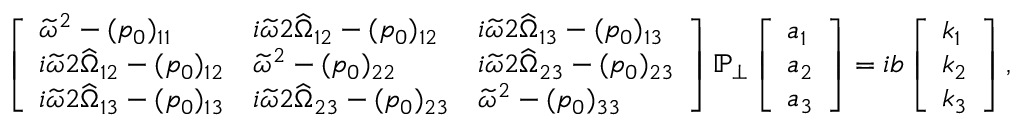
\begin{array} { r } { \left[ \begin{array} { l l l } { \widetilde { \omega } ^ { 2 } - ( p _ { 0 } ) _ { 1 1 } } & { i \widetilde { \omega } 2 \widehat { \Omega } _ { 1 2 } - ( p _ { 0 } ) _ { 1 2 } } & { i \widetilde { \omega } 2 \widehat { \Omega } _ { 1 3 } - ( p _ { 0 } ) _ { 1 3 } } \\ { i \widetilde { \omega } 2 \widehat { \Omega } _ { 1 2 } - ( p _ { 0 } ) _ { 1 2 } } & { \widetilde { \omega } ^ { 2 } - ( p _ { 0 } ) _ { 2 2 } } & { i \widetilde { \omega } 2 \widehat { \Omega } _ { 2 3 } - ( p _ { 0 } ) _ { 2 3 } } \\ { i \widetilde { \omega } 2 \widehat { \Omega } _ { 1 3 } - ( p _ { 0 } ) _ { 1 3 } } & { i \widetilde { \omega } 2 \widehat { \Omega } _ { 2 3 } - ( p _ { 0 } ) _ { 2 3 } } & { \widetilde { \omega } ^ { 2 } - ( p _ { 0 } ) _ { 3 3 } } \end{array} \right] \mathbb { P } _ { \perp } \left[ \begin{array} { l } { a _ { 1 } } \\ { a _ { 2 } } \\ { a _ { 3 } } \end{array} \right] = i b \left[ \begin{array} { l } { k _ { 1 } } \\ { k _ { 2 } } \\ { k _ { 3 } } \end{array} \right] , } \end{array}